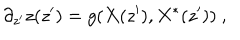
\partial _ { z ^ { \prime } } z ( z ^ { \prime } ) = g ( X ( z ^ { \prime } ) , X ^ { * } ( z ^ { \prime } ) ) ~ ,